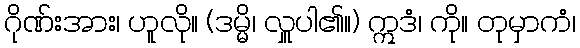
ဂိုဏ်းအား၊ ဟူလို။ (ဒမ္မိ၊ လှူပါ၏။) ဣဒံ၊ ကို။ တုမှာကံ၊